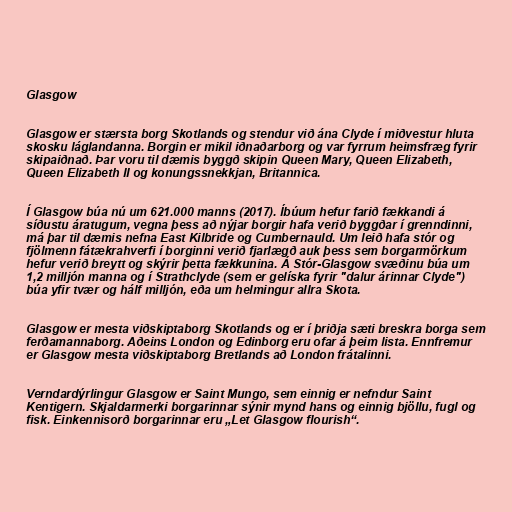
Glasgow

Glasgow er stærsta borg Skotlands og stendur við ána Clyde í miðvestur hluta
skosku láglandanna. Borgin er mikil iðnaðarborg og var fyrrum heimsfræg fyrir
skipaiðnað. Þar voru til dæmis byggð skipin Queen Mary, Queen Elizabeth,
Queen Elizabeth II og konungssnekkjan, Britannica.

Í Glasgow búa nú um 621.000 manns (2017). Íbúum hefur farið fækkandi á
síðustu áratugum, vegna þess að nýjar borgir hafa verið byggðar í grenndinni,
má þar til dæmis nefna East Kilbride og Cumbernauld. Um leið hafa stór og
fjölmenn fátækrahverfi í borginni verið fjarlægð auk þess sem borgarmörkum
hefur verið breytt og skýrir þetta fækkunina. Á Stór-Glasgow svæðinu búa um
1,2 milljón manna og í Strathclyde (sem er gelíska fyrir "dalur árinnar Clyde")
búa yfir tvær og hálf milljón, eða um helmingur allra Skota.

Glasgow er mesta viðskiptaborg Skotlands og er í þriðja sæti breskra borga sem
ferðamannaborg. Aðeins London og Edinborg eru ofar á þeim lista. Ennfremur
er Glasgow mesta viðskiptaborg Bretlands að London frátalinni.

Verndardýrlingur Glasgow er Saint Mungo, sem einnig er nefndur Saint
Kentigern. Skjaldarmerki borgarinnar sýnir mynd hans og einnig bjöllu, fugl og
fisk. Einkennisorð borgarinnar eru „Let Glasgow flourish“.